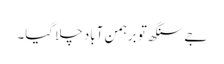
جے سنگھ تو برہمن آباد چلا گیا۔